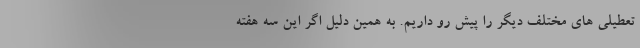
تعطیلی های مختلف دیگر را پیش رو داریم. به همین دلیل اگر این سه هفته